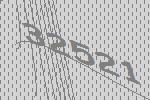
32521